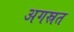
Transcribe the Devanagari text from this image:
अगस्रत